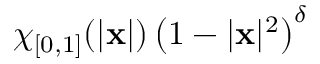
\chi _ { [ 0 , 1 ] } ( | \mathbf { x } | ) \left( 1 - | \mathbf { x } | ^ { 2 } \right) ^ { \delta }